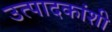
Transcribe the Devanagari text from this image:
उत्पादकांशी